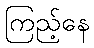
ကြည့်နေ